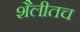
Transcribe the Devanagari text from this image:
शैलीतच